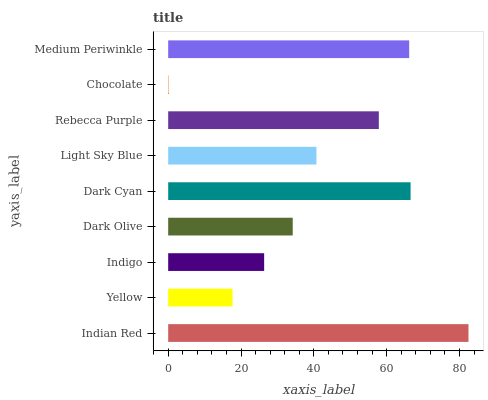
| yaxis_label | bars |
 | --- | --- |
 | Indian Red | 82.5 |
 | Yellow | 17.7 |
 | Indigo | 26.4 |
 | Dark Olive | 34.2 |
 | Dark Cyan | 66.6 |
 | Light Sky Blue | 40.7 |
 | Rebecca Purple | 57.8 |
 | Chocolate | 0.105 |
 | Medium Periwinkle | 66.2 |